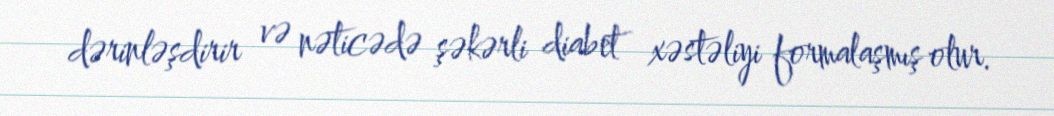
dərinləşdirir və nəticədə şəkərli diabet xəstəliyi formalaşmış olur.